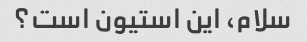
سلام، این استیون است؟